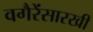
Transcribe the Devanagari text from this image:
वगैरेंसारखी